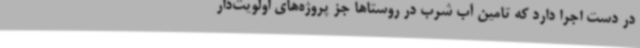
در دست اجرا دارد که تامین آب شرب در روستاها جز پروژه‌های اولویت‌دار